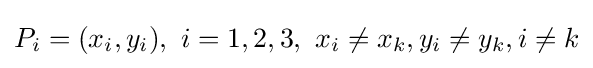
P_{i}=(x_{i},y_{i}),\ i=1,2,3,\ x_{i}\neq x_{k},y_{i}\neq y_{k},i\neq k